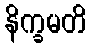
နိက္ခမတိ